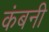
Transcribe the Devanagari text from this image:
कंबनी